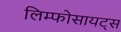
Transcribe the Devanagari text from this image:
लिम्फोसायट्स